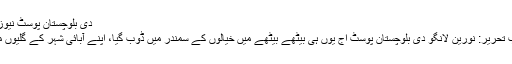
دی بلوچستان پوسٹ نیوز ڈیسک کو...
مسکراتا خواب تحریر: نورین لانگو دی بلوچستان پوسٹ اج یوں ہی بیٹھے بیٹھے میں خیالوں کے سمندر میں ڈوب گیا، اپنے آبائی شہر کے گلیوں میں کھیلتے...